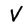
Character: V